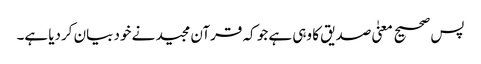
پس صحیح معنیٰ صدیق کا وہی ہے جو کہ قرآن مجید نے خود بیان کردیا ہے۔